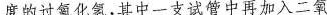
度的过氧化氢，其中一支试管中再加入二氧